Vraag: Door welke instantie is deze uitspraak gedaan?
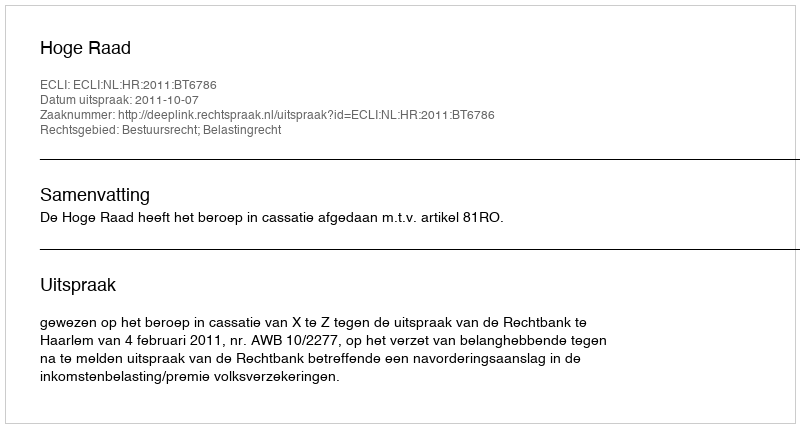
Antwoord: Hoge Raad